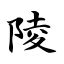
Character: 陵